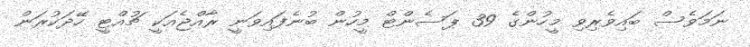
ނަމަވެސް ބައިވެރިވި މީހުންގެ 39 ޕަސެންޓް މީހުން ބުނެފައިވަނީ ރާއްޖެއަކީ ޗުއްޓީ ހޭދަކުރަން